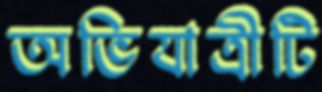
অভিযাত্রীটি